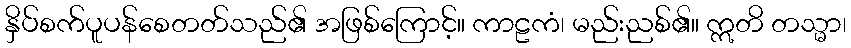
နှိပ်စက်ပူပန်စေတတ်သည်၏ အဖြစ်ကြောင့်။ ကာဠကံ၊ မည်းညစ်၏။ ဣတိ တသ္မာ၊